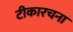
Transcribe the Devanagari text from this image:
टीकारचना